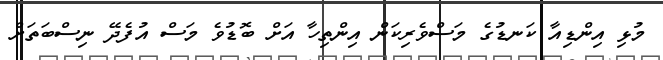
މުޅި އިންޑިއާ ކަނޑުގެ މަސްވެރިކަން އިންތިހާ އަށް ބޮޑުވެ މަސް އުފެދޭ ނިސްބަތަށް